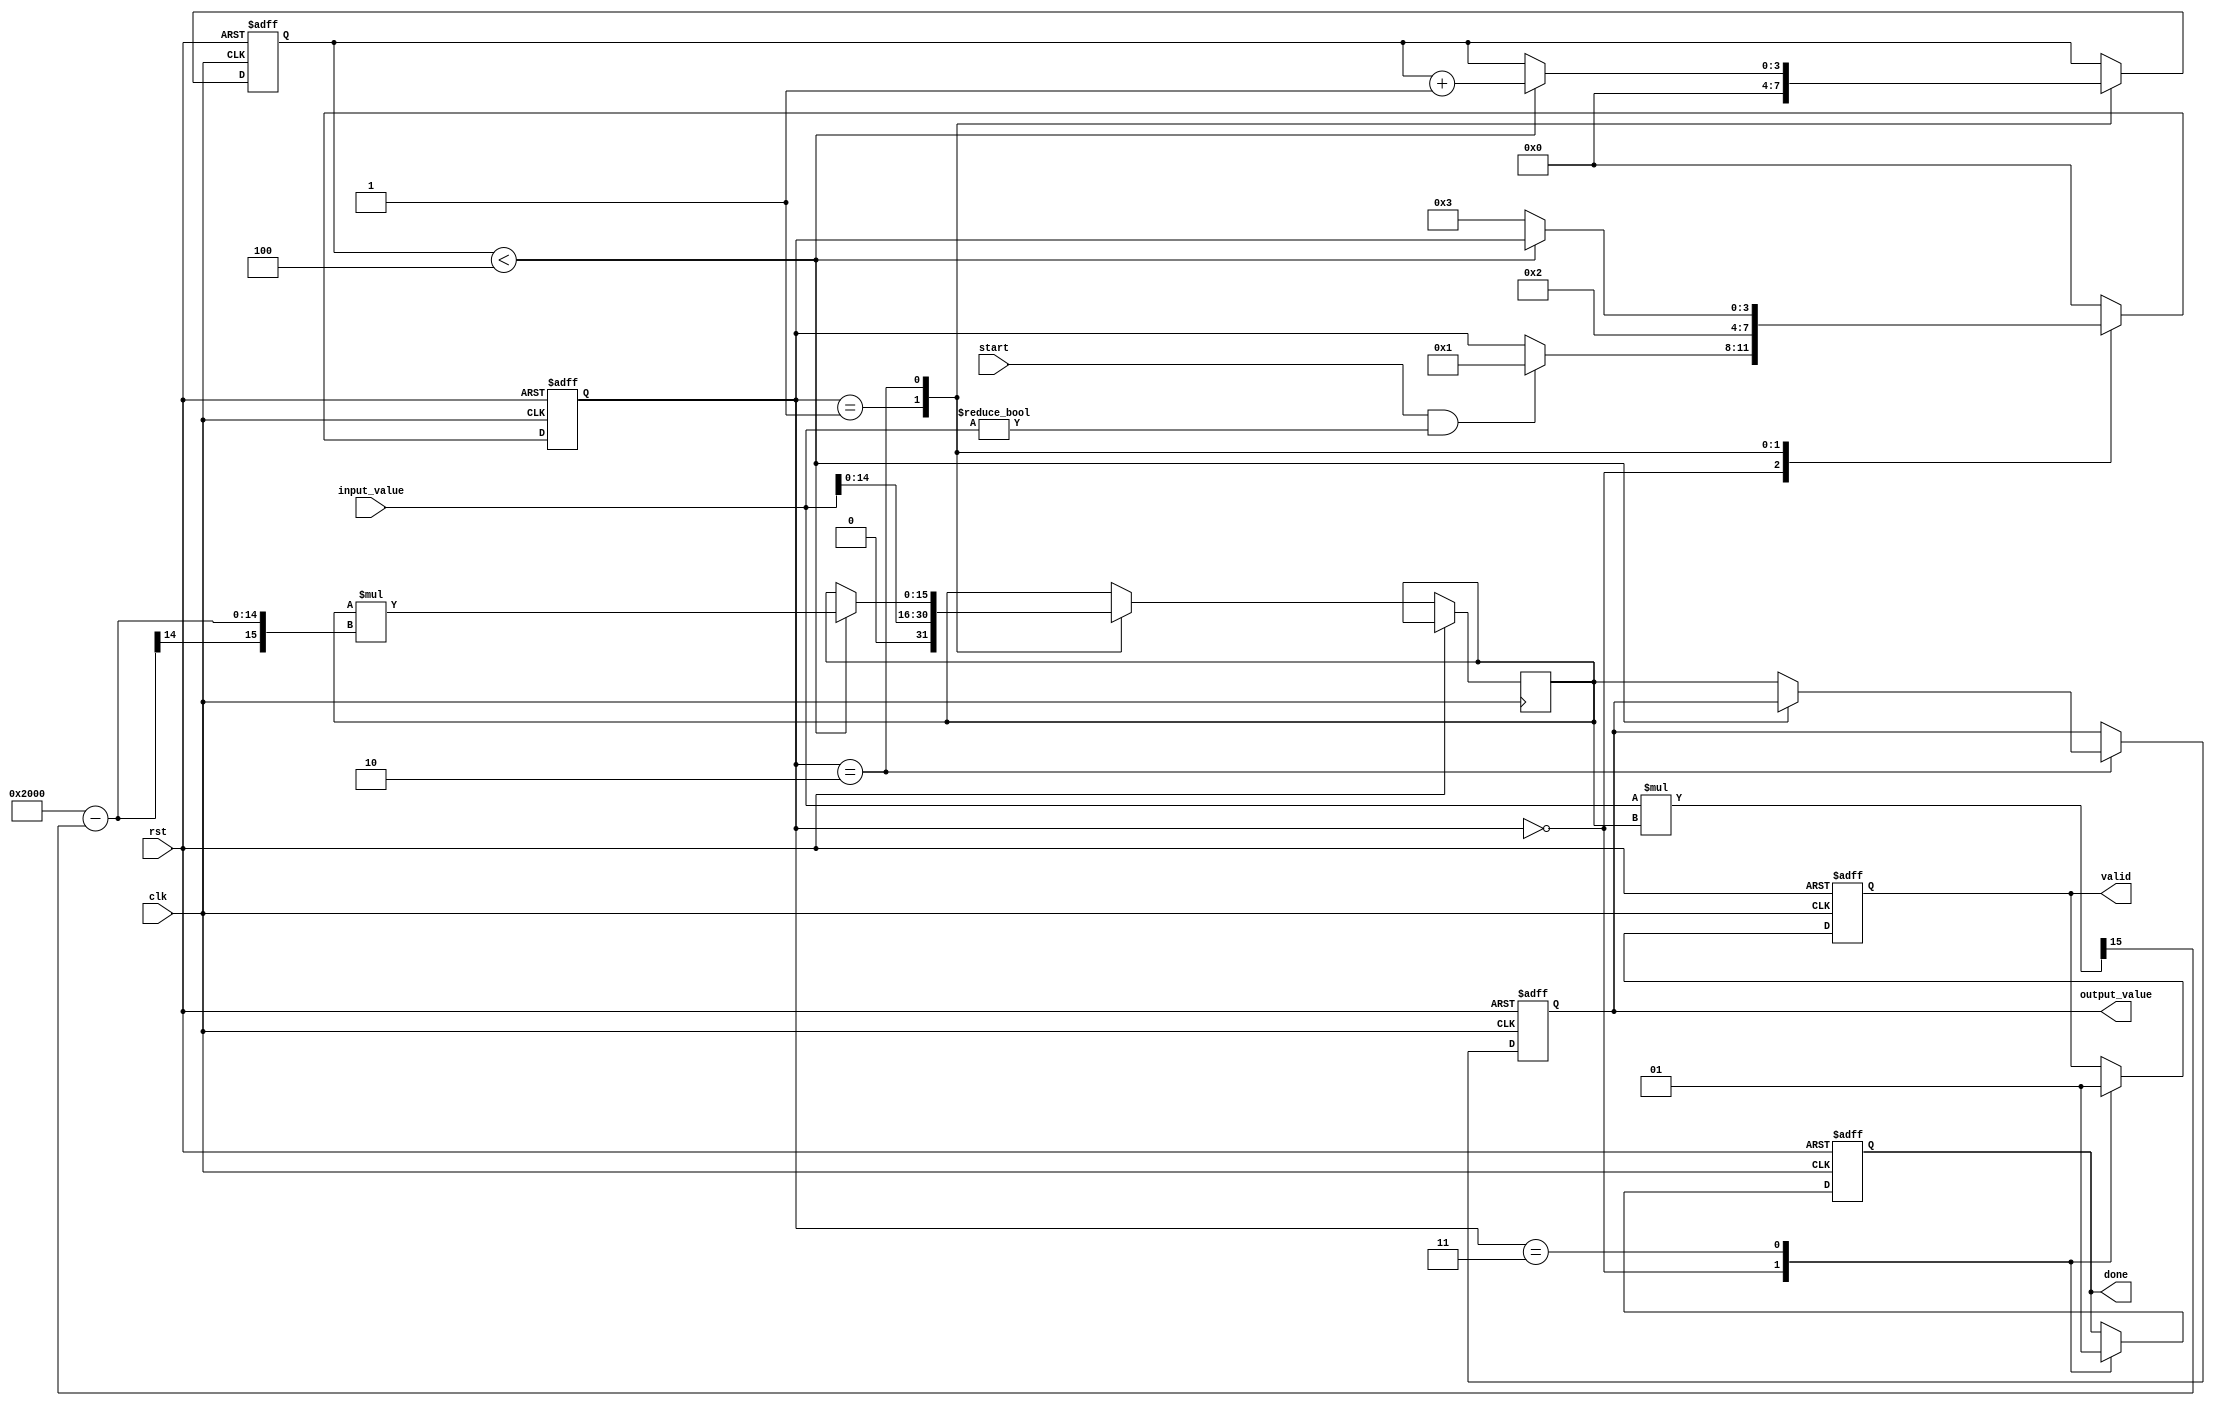
module DirectReciprocalUnit (
    input wire clk,
    input wire rst,
    input wire start,
    input wire [15:0] input_value, // 16-bit fixed-point input
    output reg [15:0] output_value, // 16-bit fixed-point output
    output reg done,
    output reg valid
);

    reg [15:0] x; // Current approximation of the reciprocal
    reg [3:0] state; // State variable for FSM
    reg [3:0] iteration_count; // Iteration counter

    // State encoding
    localparam IDLE = 4'b0000,
               INIT = 4'b0001,
               COMPUTE = 4'b0010,
               DONE = 4'b0011;

    // Constants for Newton-Raphson method
    localparam ITERATIONS = 4; // Number of iterations for convergence

    always @(posedge clk or posedge rst) begin
        if (rst) begin
            state <= IDLE;
            output_value <= 16'b0;
            done <= 1'b0;
            valid <= 1'b0;
            iteration_count <= 4'b0;
        end else begin
            case (state)
                IDLE: begin
                    done <= 1'b0;
                    valid <= 1'b0;
                    if (start && input_value != 16'b0) begin
                        state <= INIT;
                    end
                end

                INIT: begin
                    // Initial approximation: x = 1 / input_value
                    x <= {1'b0, input_value[14:0]}; // Initial guess (1 / input_value)
                    iteration_count <= 4'b0;
                    state <= COMPUTE;
                end

                COMPUTE: begin
                    if (iteration_count < ITERATIONS) begin
                        // Newton-Raphson iteration: x = x * (2 - input_value * x)
                        x <= x * (16'h2000 - (input_value * x >> 15)); // 2^15 = 32768
                        iteration_count <= iteration_count + 1;
                    end else begin
                        output_value <= x; // Final approximation
                        state <= DONE;
                    end
                end

                DONE: begin
                    done <= 1'b1;
                    valid <= 1'b1;
                    state <= IDLE; // Go back to IDLE after done
                end

                default: state <= IDLE; // Safety default
            endcase
        end
    end
endmodule